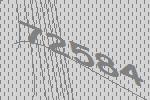
72584